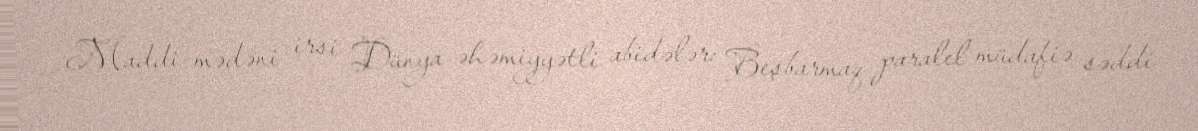
Maddi-mədəni irsi Dünya əhəmiyyətli abidələr: Beşbarmaq paralel müdafiə səddi